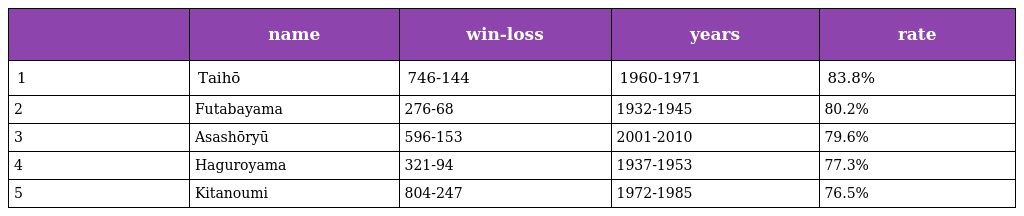
|  | name | win-loss | years | rate |
 | --- | --- | --- | --- | --- |
 | 1 | Taihō | 746-144 | 1960-1971 | 83.8% |
 | 2 | Futabayama | 276-68 | 1932-1945 | 80.2% |
 | 3 | Asashōryū | 596-153 | 2001-2010 | 79.6% |
 | 4 | Haguroyama | 321-94 | 1937-1953 | 77.3% |
 | 5 | Kitanoumi | 804-247 | 1972-1985 | 76.5% |